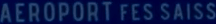
AEROPORT FES SAISS